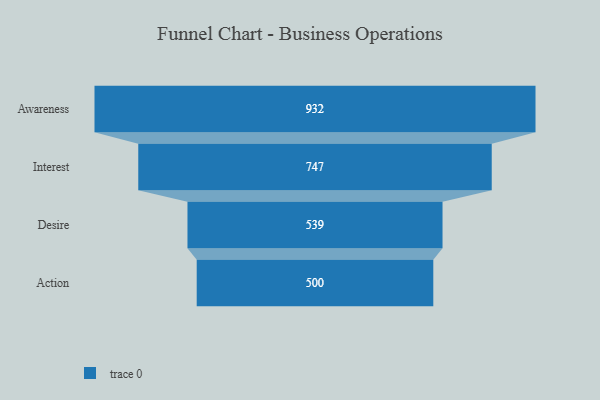
{"axis": {"x": "Stage", "y": "Value"}, "legend": [""], "data": [{"x": "Awareness", "y": 932.0, "type": ""}, {"x": "Interest", "y": 747.0, "type": ""}, {"x": "Desire", "y": 539.0, "type": ""}, {"x": "Action", "y": 500, "type": ""}]}